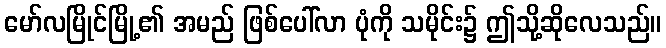
မော်လမြိုင်မြို့၏ အမည် ဖြစ်ပေါ်လာ ပုံကို သမိုင်း၌ ဤသို့ဆိုလေသည်။